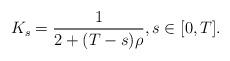
LaTeX: \begin{align*}K_s=\frac{1}{2+(T-s)\rho}, s \in [0,T].\end{align*}